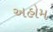
અહોમ